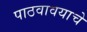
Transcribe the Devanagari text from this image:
पाठवावयाचे